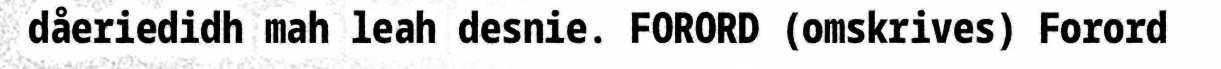
dåeriedidh mah leah desnie. FORORD (omskrives) Forord